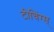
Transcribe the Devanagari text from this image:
टीचिंग्स्‌